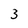
Character: 3